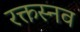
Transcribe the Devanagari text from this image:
रक्तस्नव